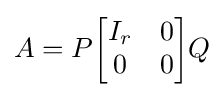
A=P{\begin{bmatrix}I_{r}&0\\0&0\end{bmatrix}}Q